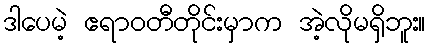
ဒါပေမဲ့ ဧရာဝတီတိုင်းမှာက အဲ့လိုမရှိဘူး။